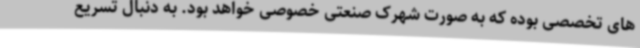
های تخصصی بوده که به صورت شهرک صنعتی خصوصی خواهد بود. به دنبال تسریع